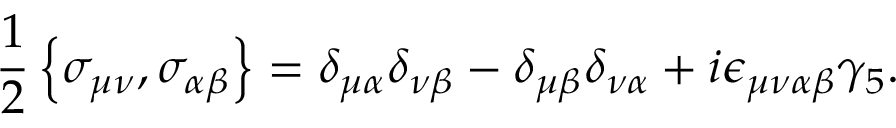
\frac { 1 } { 2 } \left\{ \sigma _ { \mu \nu } , \sigma _ { \alpha \beta } \right\} = \delta _ { \mu \alpha } \delta _ { \nu \beta } - \delta _ { \mu \beta } \delta _ { \nu \alpha } + i \epsilon _ { \mu \nu \alpha \beta } \gamma _ { 5 } .